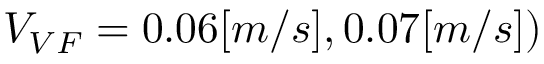
V _ { V F } = 0 . 0 6 [ m / s ] , 0 . 0 7 [ m / s ] )